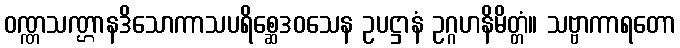
ဝဏ္ဏသဏ္ဌာနဒိသောကာသပရိစ္ဆေဒဝသေန ဥပဋ္ဌာနံ ဥဂ္ဂဟနိမိတ္တံ။ သဗ္ဗာကာရတော